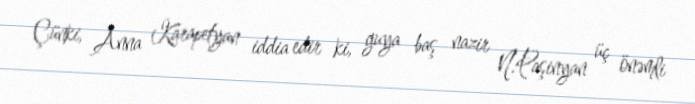
Çünki, Anna Karapetyan iddia edir ki, guya baş nazir N.Paşinyan üç önəmli